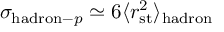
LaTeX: \sigma _ { \mathrm { h a d r o n } - p } \simeq 6 \langle r _ { \mathrm { s t } } ^ { 2 } \rangle _ { \mathrm { h a d r o n } }